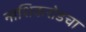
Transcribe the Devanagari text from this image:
नाशिकरोडचा